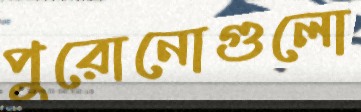
পুরোনোগুলো